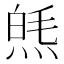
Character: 𤋞